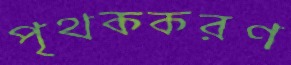
পৃথককরণ